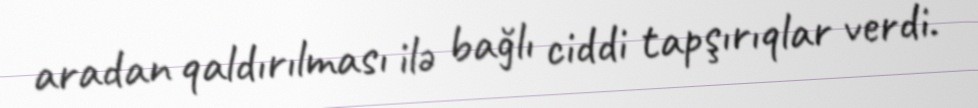
aradan qaldırılması ilə bağlı ciddi tapşırıqlar verdi.